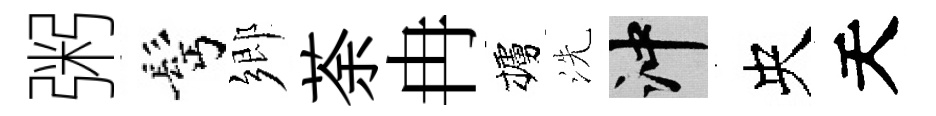
粥髩鄉荼冉櫨洗冲央天